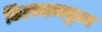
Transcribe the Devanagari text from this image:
किलवानकुल